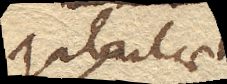
Tabulae